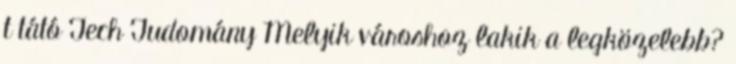
t tátó Tech Tudomány Melyik városhoz lakik a legközelebb?